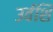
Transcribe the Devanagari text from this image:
उर्वशि